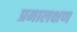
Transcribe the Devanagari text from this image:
प्रमालक्षण